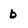
Character: b